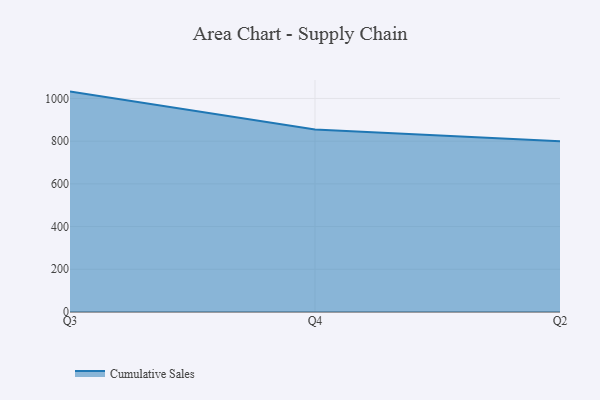
{"axis": {"x": "Quarter", "y": "Demand Index"}, "legend": ["Cumulative Sales"], "data": [{"x": "Q3", "y": 1032.1, "type": "Cumulative Sales"}, {"x": "Q4", "y": 855.2, "type": "Cumulative Sales"}, {"x": "Q2", "y": 800, "type": "Cumulative Sales"}]}